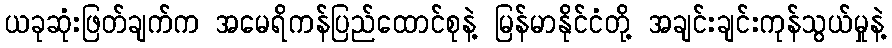
ယခုဆုံးဖြတ်ချက်က အမေရိကန်ပြည်ထောင်စုနဲ့ မြန်မာနိုင်ငံတို့ အချင်းချင်းကုန်သွယ်မှုနဲ့